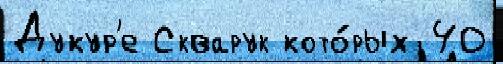
Дукур'е Скварук кото́рых 40